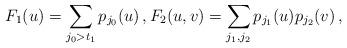
LaTeX: \begin{align*}F_1(u) =\sum_{j_0>t_1} p_{j_0}(u) \,, F_2(u,v)=\sum_{j_1,j_2} p_{j_1} (u) p_{j_2}(v) \,,\end{align*}